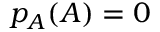
p _ { A } ( A ) = 0